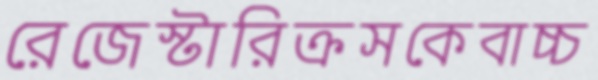
রেজেস্টারিক্রসকেবাচ্চ